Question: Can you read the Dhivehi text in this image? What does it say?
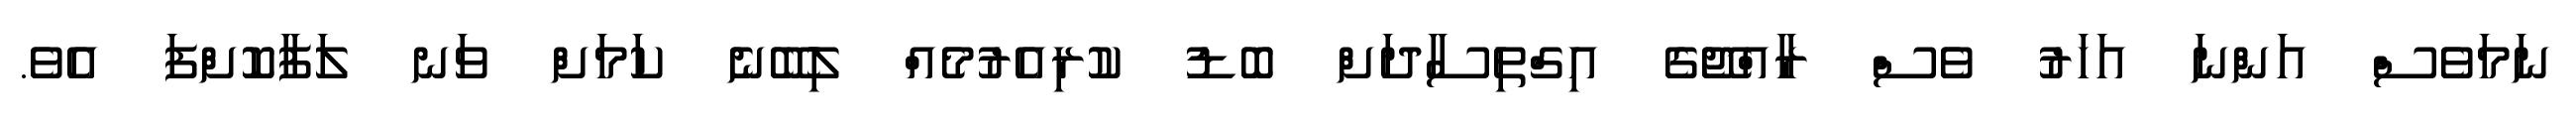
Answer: ނަމަވެސް އަންނަ އަހަރު ވެސް ރާއްޖޭގެ އިގްތިސާދަށް ބޮޑު ކުރިއެރުމެއް ލިބޭނެ ކަމަށް ވަނ ލަފާކޮށްފަ އެވެ.